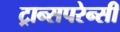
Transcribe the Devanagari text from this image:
ट्रान्सपरेन्सी